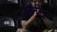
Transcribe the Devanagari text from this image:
कार्नसूप